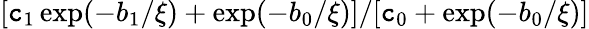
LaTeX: [\mathtt{c}_{1}\exp(-b_{1}/\xi)+\exp(-b_{0}/\xi)]/[\mathtt{c}_{0}+\exp(-b_{0}/\xi)]